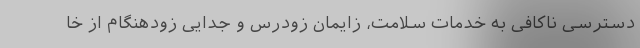
دسترسی ناکافی به خدمات سلامت، زایمان زودرس و جدایی زودهنگام از خا